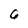
Character: 6